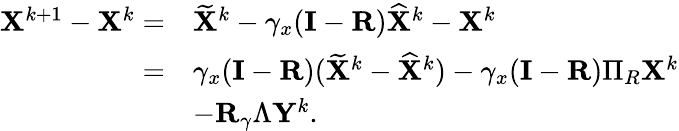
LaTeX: \begin{array}{rl}{{\mathbf{X}}^{k+1}-{\mathbf{X}}^{k}=}&{\widetilde{{\mathbf{X}}}^{k}-\gamma_{x}({\mathbf{I}}-{\mathbf{R}})\widehat{{\mathbf{X}}}^{k}-{\mathbf{X}}^{k}}\\ {=}&{\gamma_{x}({\mathbf{I}}-{\mathbf{R}})(\widetilde{{\mathbf{X}}}^{k}-\widehat{{\mathbf{X}}}^{k})-\gamma_{x}({\mathbf{I}}-{\mathbf{R}})\Pi_{R}{\mathbf{X}}^{k}}\\ &{-{\mathbf{R}}_{\gamma}\Lambda{\mathbf{Y}}^{k}.}\end{array}